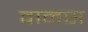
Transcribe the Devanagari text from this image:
वानस